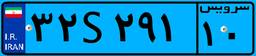
۰۸S۹۸۶۸۰